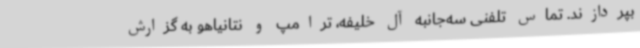
بپردازند. تماس تلفنی سه‌جانبه آل خلیفه، ترامپ و نتانیاهو به گزارش